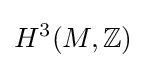
H^{3}(M,\mathbb {Z} )